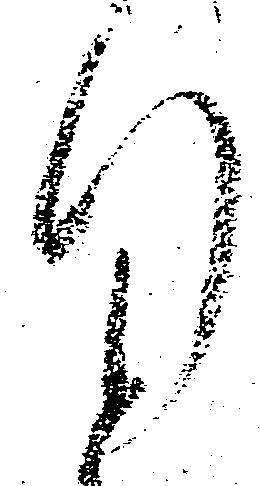
行